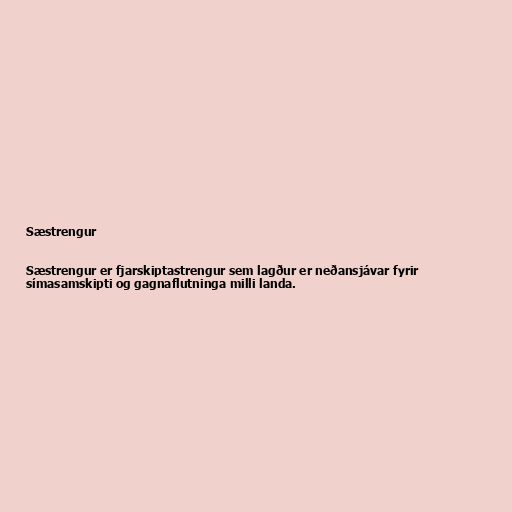
Sæstrengur

Sæstrengur er fjarskiptastrengur sem lagður er neðansjávar fyrir
símasamskipti og gagnaflutninga milli landa.